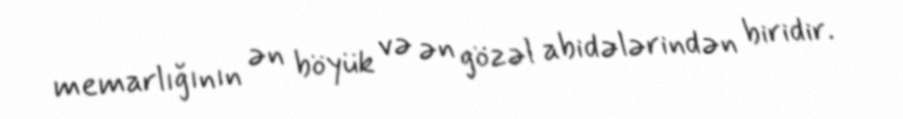
memarlığının ən böyük və ən gözəl abidələrindən biridir.